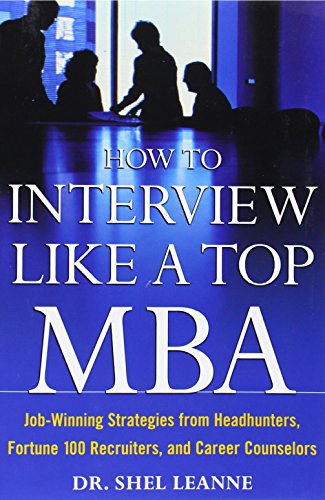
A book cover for How to Interview Like a Top MBA: Job-Winning Strategies From Headhunters, Fortune 100 Recruiters, and Career Counselors; Shel Leanne; Business & Money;